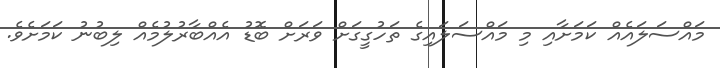
މައްސަލައެއް ކަމަށާއި މި މައްސަލައިގެ ތަހުގީގަށް ވަރަށް ބޮޑު އެއްބާރުލުމެއް ލިބުނު ކަމަށެވެ.